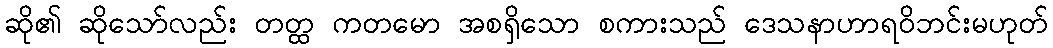
ဆို၏ ဆိုသော်လည်း တတ္ထ ကတမော အစရှိသော စကားသည် ဒေသနာဟာရဝိဘင်းမဟုတ်